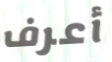
أعرف